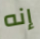
إنه